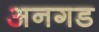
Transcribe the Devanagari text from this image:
अनगड